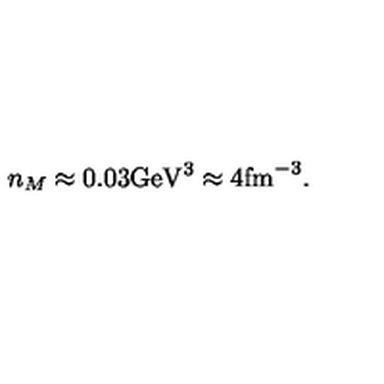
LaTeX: n _ { M } \approx 0 . 0 3 \mathrm { G e V } ^ { 3 } \approx 4 \mathrm { f m } ^ { - 3 } .